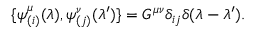
\{ \psi _ { ( i ) } ^ { \mu } ( \lambda ) , \psi _ { ( j ) } ^ { \nu } ( \lambda ^ { \prime } ) \} = G ^ { \mu \nu } \delta _ { i j } \delta ( \lambda - \lambda ^ { \prime } ) .